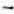
-